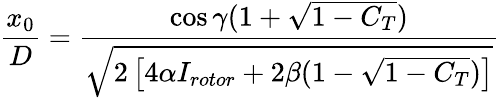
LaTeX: \frac{x_{0}}{D}=\frac{\cos{\gamma}(1+\sqrt{1-C_{T}})}{\sqrt{2\left[4\alpha I_{rotor}+2\beta(1-\sqrt{1-C_{T}})\right]}}